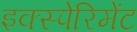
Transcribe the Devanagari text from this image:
इक्स्पेरिमेंट